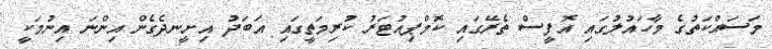
މަސައްކަތުގެ މާހައުލުގައި އޮފީސް ތެރޭގައި ކޮމްޕިއުޓަރު ކުރިމަތީގައި އަބަދު އިށީނދެގެން އިންނަ އިނުމަކީ